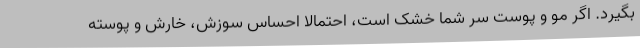
بگیرد. اگر مو و پوست سر شما خشک است، احتمالا احساس سوزش، خارش و پوسته